Annual administration report of the Civil Veterinary Department of India - 1896-1897
Year: 1896
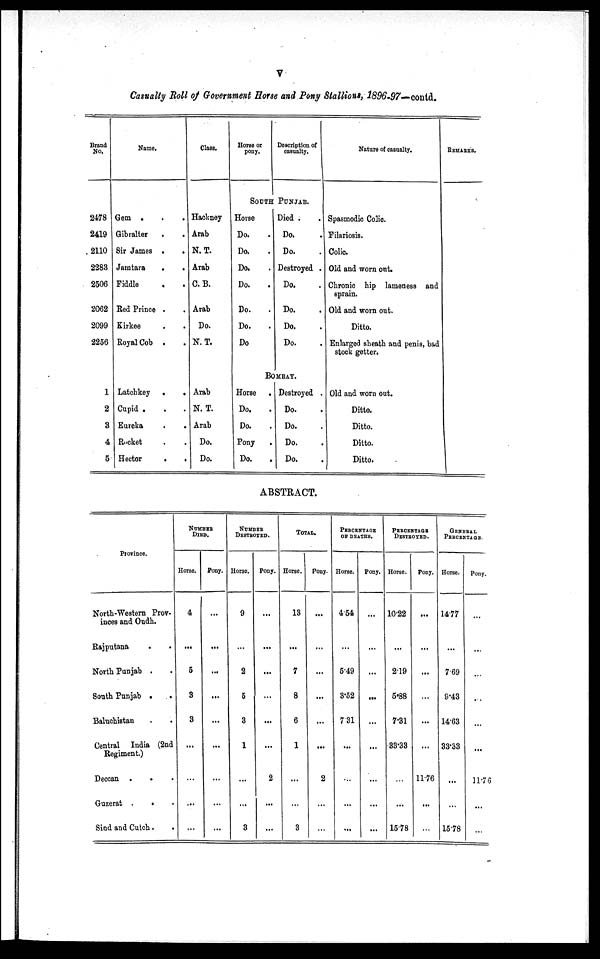
V
Casually Roll of Government Horse and Pony Stallions, 1896-97—contd.
Brand
No.
2478
2419
2110
2283
2506
2062
2099
2256
1
2
3
4
5
Name.
Gem . . .
Gibralter . .
Sir James .
.
Jamtara
.
.
Fiddle . .
Red Prince . .
Kirkee . .
Royal Cob . .
Latchkey
.
.
Cupid . . .
Eureka
.
.
Rocket . .
Hector
. .
Class.
Hackney
Arab
N. T.
Arab
C. B.
Arab
Do.
N. T.
Arab
N. T.
Arab
Do.
Do.
Horse or
pony.
Description of
casualty.
SOUTH PUNJAB.
Horse
Do. .
Do. .
Do. .
Do. .
Do. .
Do. .
Do.
Died . .
Do. .
Do. .
Destroyed .
Do. .
Do. .
Do. .
Do. .
BOMBAY.
Horse .
Do. .
Do. .
Pony .
Do. .
Destroyed .
Do. .
Do. .
Do. .
Do. .
Nature of casualty.
Spasmodic Colic.
Filariosis.
Colic.
Old and worn out.
Chronic hip lameness and
sprain.
Old and worn out.
Ditto.
Enlarged sheath and penis, bad
stock getter.
Old and worn out.
Ditto.
Ditto.
Ditto.
Ditto.
REMARKS.
ABSTRACT.
Province.
North-Western Prov-
inces and Oudh.
Rajputana
.
.
North Punjab . .
South Punjab . .
Baluchistan . .
Central India (2nd
Regiment.)
Deccan . . .
Guzerat . . .
Sind and Cutch . .
NUMBER
DIED.
Horse.
4
...
5
3
3
...
...
...
...
Pony.
...
...
...
...
...
...
...
...
...
NUMBER
DESTROYED.
Horse.
9
...
2
5
3
1
...
...
3
Pony.
...
...
...
...
...
...
2
...
...
TOTAL.
Horse.
13
...
7
8
6
1
...
...
3
Pony
...
...
...
...
...
...
2
...
...
PERCENTAGE
OF DEATHS.
Horse.
4.54
...
5.49
3.52
7.31
...
...
...
...
Pony.
...
...
...
...
...
...
...
...
...
PERCENTAGE
DESTROYED
Horse.
10.22
...
2.19
5.88
7.31
33.33
...
...
15.78
Pony.
...
...
...
...
...
...
11.76
...
GENERAL
PERCENTAGE.
Horse.
14.77
...
7.69
9.43
14.63
33.33
...
...
15.78
Pony.
...
...
...
...
...
...
11.76
...
...